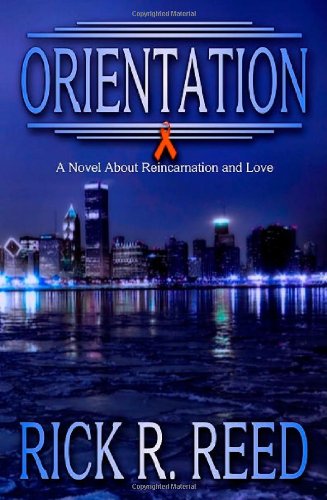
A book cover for Orientation; Rick R. Reed; Gay & Lesbian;